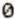
0